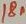
Text: 18n